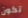
تكون